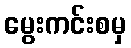
မွေးကင်းစမှ